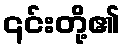
၎င်းတို့၏